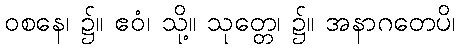
ဝစနေ၊ ၌။ ဧဝံ၊ သို့။ သုတ္တေ၊ ၌။ အနာဂတေပိ၊